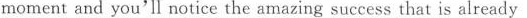
moment and you'll notice the amazing success that is already